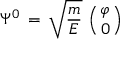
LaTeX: \Psi ^ { 0 } \, = \, \sqrt { \frac { m } { E } } \, \left( { \varphi \atop 0 } \right)